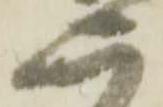
二